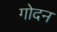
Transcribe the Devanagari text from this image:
गोदन